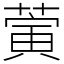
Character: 蔩